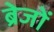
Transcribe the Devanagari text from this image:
ब्रेजों